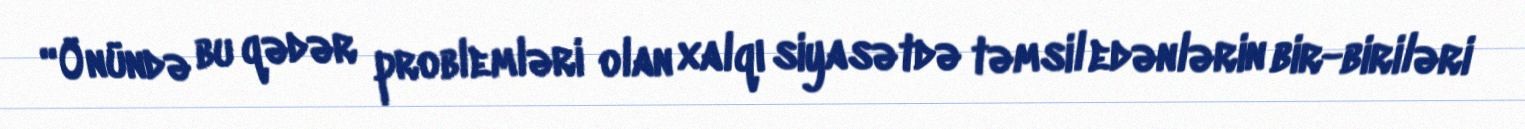
“Önündə bu qədər problemləri olan xalqı siyasətdə təmsil edənlərin bir-biriləri